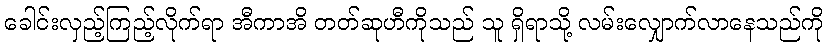
ခေါင်းလှည့်ကြည့်လိုက်ရာ အီကာအိ တတ်ဆုဟီကိုသည် သူ ရှိရာသို့ လမ်းလျှောက်လာနေသည်ကို